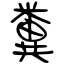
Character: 糞